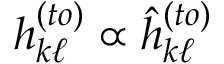
h _ { k \ell } ^ { ( t o ) } \propto \hat { h } _ { k \ell } ^ { ( t o ) }